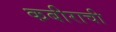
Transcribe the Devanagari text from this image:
कबीराची